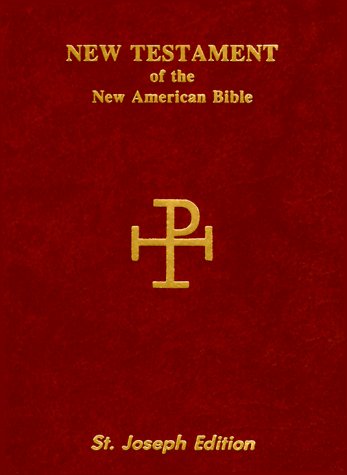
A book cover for Saint Joseph Vest Pocket New Testament-Nab; Catholic Book Publishing Co; Christian Books & Bibles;